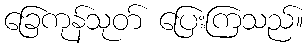
ခြေကုန်သုတ် ပြေးကြသည်။